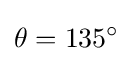
\theta =135^{\circ }\,\!